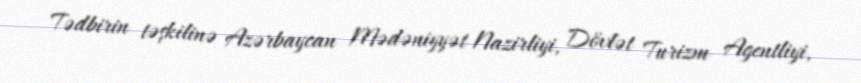
Tədbirin təşkilinə Azərbaycan Mədəniyyət Nazirliyi, Dövlət Turizm Agentliyi,